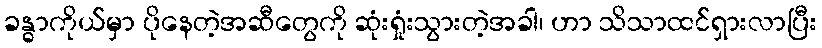
ခန္ဓာကိုယ်မှာ ပိုနေတဲ့အဆီတွေကို ဆုံးရှုံးသွားတဲ့အခါ၊ ဟာ သိသာထင်ရှားလာပြီး